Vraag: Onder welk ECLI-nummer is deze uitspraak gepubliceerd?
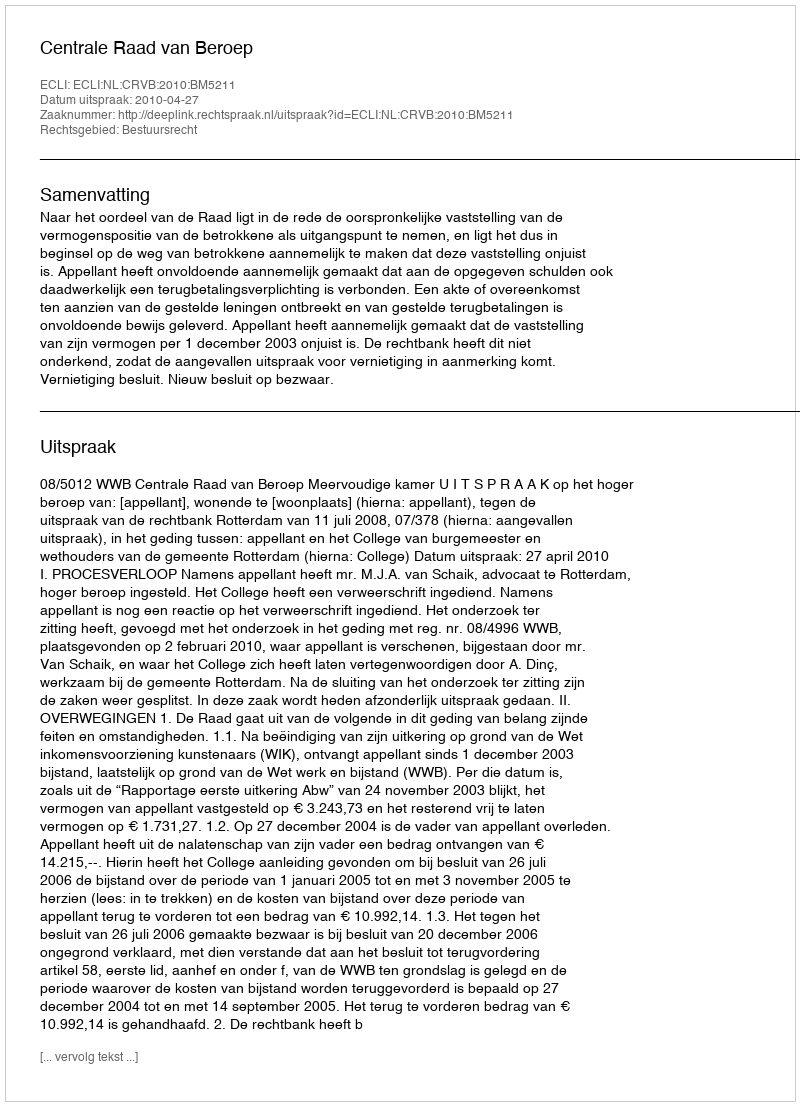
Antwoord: ECLI:NL:CRVB:2010:BM5211